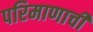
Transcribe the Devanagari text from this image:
परिमाणाची